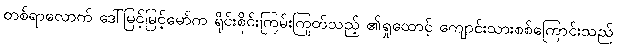
တစ်ရာလောက် ဒေါ်မြင့်မြင့်မော်က ရိုင်းစိုင်းကြမ်းကြုတ်သည့် ၏ရှုထောင့် ကျောင်းသားစစ်ကြောင်းသည်